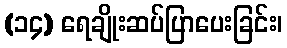
(၁၄) ရေချိုးဆပ်ပြာပေးခြင်း၊